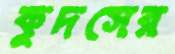
কুদসের